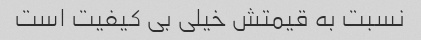
نسبت به قیمتش خیلی بی کیفیت است